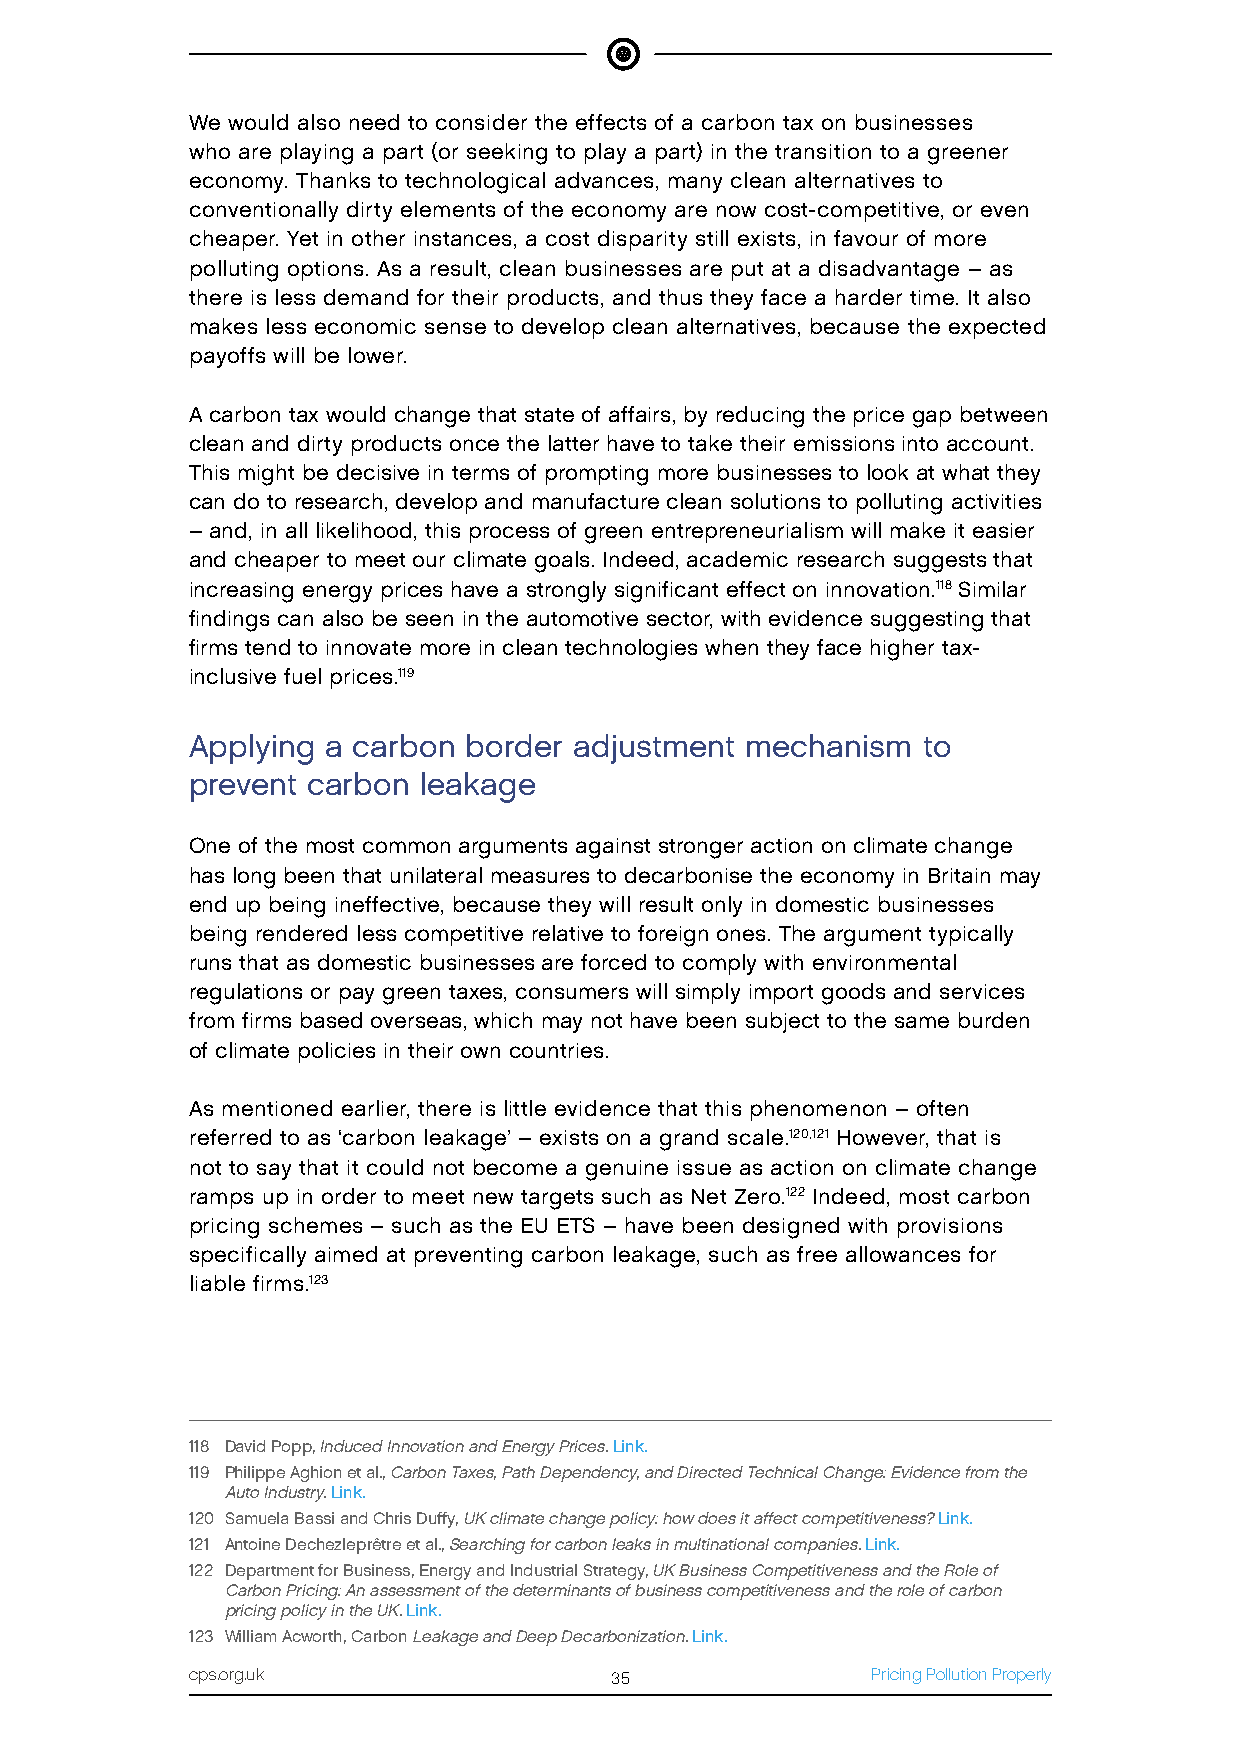
We would also need to consider the effects of a carbon tax on businesses
 who are playing a part (or seeking to play a part) in the transition to a greener
 economy. Thanks to technological advances, many clean alternatives to
 conventionally dirty elements of the economy are now cost-competitive, or even
 cheaper. Yet in other instances, a cost disparity still exists, in favour of more
 polluting options. As a result, clean businesses are put at a disadvantage – as
 there is less demand for their products, and thus they face a harder time. It also
 makes less economic sense to develop clean alternatives, because the expected
 payoffs will be lower.
 A carbon tax would change that state of affairs, by reducing the price gap between
 clean and dirty products once the latter have to take their emissions into account.
 This might be decisive in terms of prompting more businesses to look at what they
 can do to research, develop and manufacture clean solutions to polluting activities
 – and, in all likelihood, this process of green entrepreneurialism will make it easier
 and cheaper to meet our climate goals. Indeed, academic research suggests that
 increasing energy prices have a strongly significant effect on innovation.118 Similar
 findings can also be seen in the automotive sector, with evidence suggesting that
 firms tend to innovate more in clean technologies when they face higher tax-
 inclusive fuel prices.119
 Applying a carbon border adjustment mechanism   to
 prevent carbon leakage
 One of the most common arguments against stronger action on climate change
 has long been that unilateral measures to decarbonise the economy in Britain may
 end up being ineffective, because they will result only in domestic businesses
 being rendered less competitive relative to foreign ones. The argument typically
 runs that as domestic businesses are forced to comply with environmental
 regulations or pay green taxes, consumers will simply import goods and services
 from firms based overseas, which may not have been subject to the same burden
 of climate policies in their own countries.
 As mentioned earlier, there is little evidence that this phenomenon – often
 referred to as ‘carbon leakage’ – exists on a grand scale.120,121 However, that is
 not to say that it could not become a genuine issue as action on climate change
 ramps up in order to meet new targets such as Net Zero.122 Indeed, most carbon
 pricing schemes – such as the EU ETS – have been designed with provisions
 specifically aimed at preventing carbon leakage, such as free allowances for
 liable firms.123
 118 David Popp, Induced Innovation and Energy Prices. Link.
 119 Philippe Aghion et al., Carbon Taxes, Path Dependency, and Directed Technical Change: Evidence from the
 Auto Industry. Link.
 120 Samuela Bassi and Chris Duffy, UK climate change policy: how does it affect competitiveness? Link.
 121 Antoine Dechezleprêtre et al., Searching for carbon leaks in multinational companies. Link.
 122 Department for Business, Energy and Industrial Strategy, UK Business Competitiveness and the Role of
 Carbon Pricing: An assessment of the determinants of business competitiveness and the role of carbon
 pricing policy in the UK. Link.
 123 William Acworth, Carbon Leakage and Deep Decarbonization. Link.
 cps.org.uk                 35                Pricing Pollution Properly